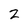
Character: 2